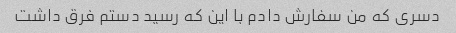
دسری که من سفارش دادم با این که رسید دستم فرق داشت